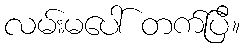
လမ်းမပေါ် တက်ပြီ။